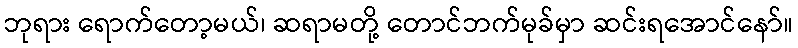
ဘုရား ရောက်တော့မယ်၊ ဆရာမတို့ တောင်ဘက်မုခ်မှာ ဆင်းရအောင်နော်။